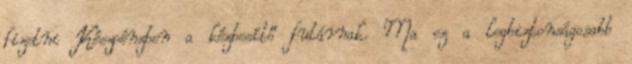
fizetni Készpénzben a kézbesítő futárnak. Ma ez a legbiztonságosabb